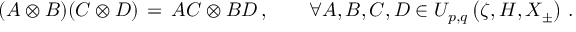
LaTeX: ( A \otimes B ) ( C \otimes D ) \, = \, A C \otimes B D \, , \qquad \forall A , B , C , D \in U _ { p , q } \left( \zeta , H , X _ { \pm } \right) \, .